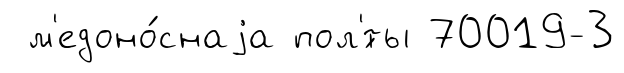
м'едоно́снаjа пол'́ты 70019-3